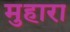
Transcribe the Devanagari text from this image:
मुहारा